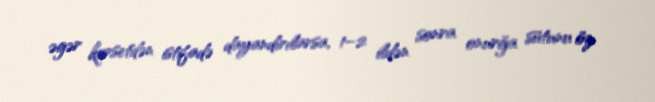
əgər korsetdən istifadə dayandırılarsa, 1–2 ildən sonra onurğa sütunu öz